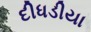
દીધડીયા